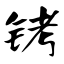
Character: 铐